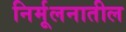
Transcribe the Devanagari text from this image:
निर्मूलनातील